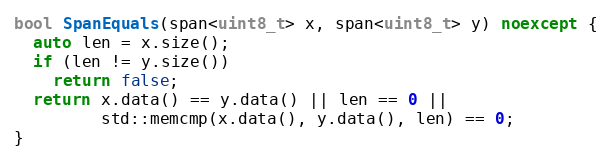
Language: C++
bool SpanEquals(span<uint8_t> x, span<uint8_t> y) noexcept {
  auto len = x.size();
  if (len != y.size())
    return false;
  return x.data() == y.data() || len == 0 ||
         std::memcmp(x.data(), y.data(), len) == 0;
}